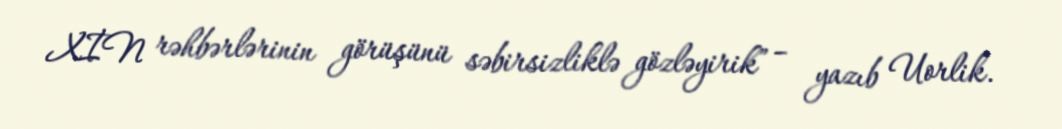
XİN rəhbərlərinin görüşünü səbirsizliklə gözləyirik” – yazıb Uorlik.